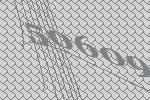
50609